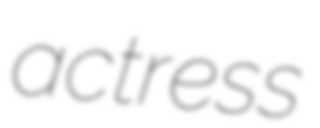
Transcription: actress